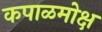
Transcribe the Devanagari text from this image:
कपाळमोक्ष